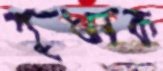
শুখাক